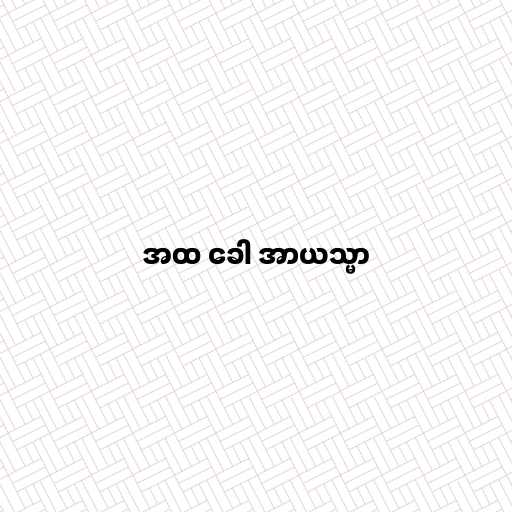
အထ ခေါ အာယသ္မာ